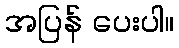
အပြန် ပေးပါ။